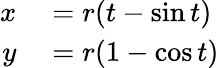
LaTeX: \begin{array}{rl}{x}&{{}=r(t-\sin t)}\\ {y}&{{}=r(1-\cos t)}\end{array}